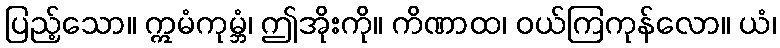
ပြည့်သော။ ဣမံကုမ္ဘံ၊ ဤအိုးကို။ ကိဏာထ၊ ဝယ်ကြကုန်လော။ ယံ၊